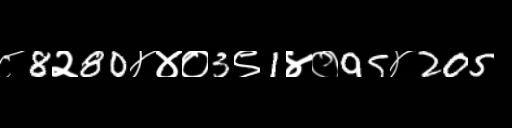
Text: ८8२80४४०3९1४०95४205